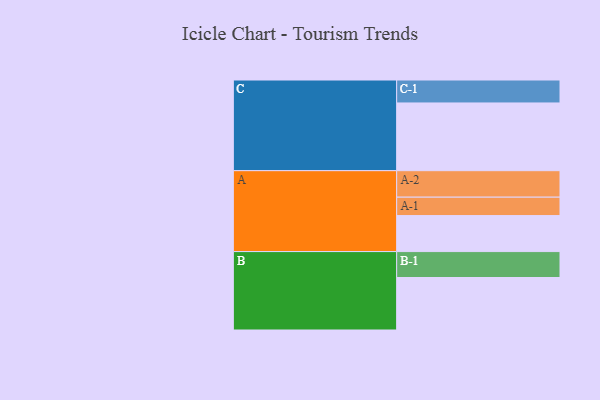
{"axis": {"x": "Segment", "y": "Value"}, "legend": ["", "A", "B", "C"], "data": [{"x": "A", "y": 317, "type": ""}, {"x": "B", "y": 462, "type": ""}, {"x": "C", "y": 596, "type": ""}, {"x": "A-1", "y": 162, "type": "A"}, {"x": "A-2", "y": 233, "type": "A"}, {"x": "B-1", "y": 228, "type": "B"}, {"x": "C-1", "y": 202, "type": "C"}]}